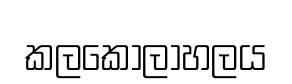
කලකෝලාහලය